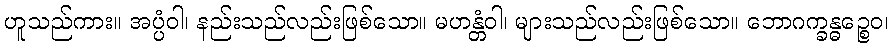
ဟူသည်ကား။ အပ္ပံဝါ၊ နည်းသည်လည်းဖြစ်သော။ မဟန္တံဝါ၊ များသည်လည်းဖြစ်သော။ ဘောဂက္ခန္ဓဉ္စေဝ၊